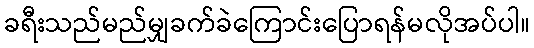
ခရီးသည်မည်မျှခက်ခဲကြောင်းပြောရန်မလိုအပ်ပါ။